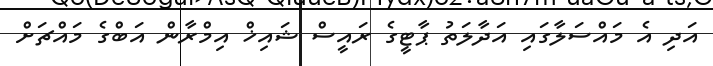
އަދި އެ މައްސަލާގައި އަދާލަތު ޕާޓީގެ ރައީސް ޝައިޚް އިމްރާން އަބްގެ މައްޗަށް